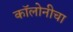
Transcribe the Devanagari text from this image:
कॉलोनीचा